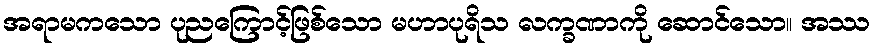
အရာမကသော ပုညကြောင့်ဖြစ်သော မဟာပုရိသ လက္ခဏာကို ဆောင်သော။ အဿ